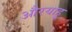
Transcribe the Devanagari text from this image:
औरयाहू